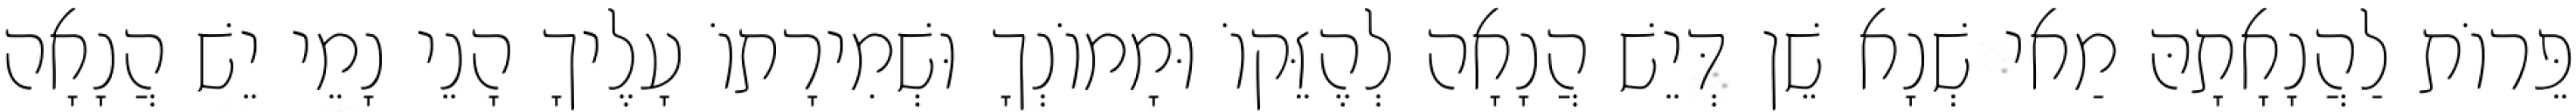
פֵּרוֹת לַהֲנָאָתָהּ מַאי שְׁנָא שֵׁן דְּיֵשׁ הֲנָאָה לְהֶזֵּקוֹ וּמָמוֹנְךָ וּשְׁמִירָתוֹ עָלֶיךָ הָנֵי נָמֵי יֵשׁ הֲנָאָה